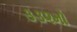
૩૩૨મો